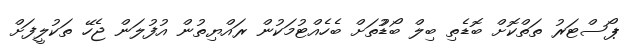
ޕޯސްޓަރު ތަތްކޮށް ބޮޑެތި ބިލް ބޯޑުުތަށް ބެހެއްޓުމަކުން ރައްޔިތުން އުފުލަން ޖެހޭ ތަކުލީފަށް